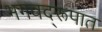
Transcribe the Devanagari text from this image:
भगवद्‌रूपात